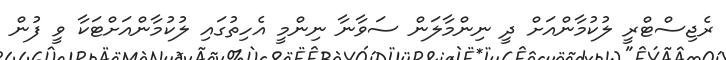
ރެޖިސްޓްރީ ލުކުމާންއަށް ދީ ނިންމާލަން ސަވާނާ ނިންމީ އެހިތުގައި ލުކުމާންއަށްޓަކާ ވީ ފުން